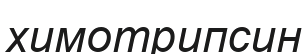
химотрипсин